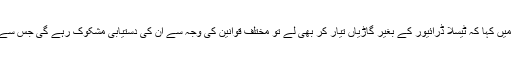
ٹیسلا کے صدر نے والٹ موزبرگ کو دیئے گئے انٹرویو میں کہا کہ ٹیسلا ڈرائیور کے بغیر گاڑیاں تیار کر بھی لے تو مختلف قوانین کی وجہ سے ان کی دستیابی مشکوک رہے گی جس سے جدید ٹیکنالوجی کو عام ہونے میں تاخیر بھی ہوسکتی ہے۔